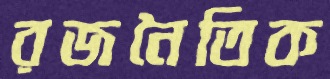
রজনৈতিক